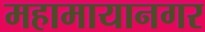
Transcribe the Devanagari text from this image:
महामायानगर